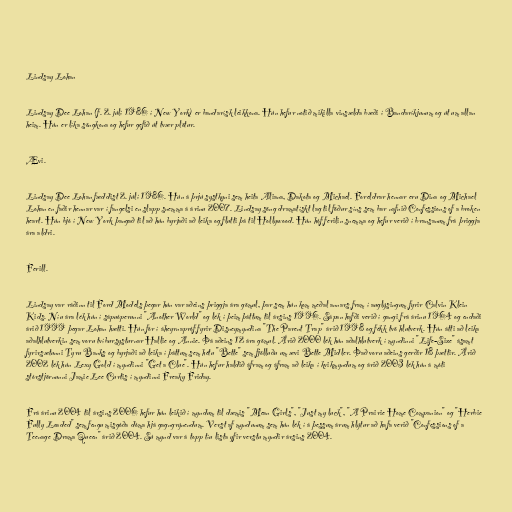
Lindsay Lohan

Lindsay Dee Lohan (f. 2. júlí 1986 í New York) er bandarísk leikkona. Hún hefur notið mikilla vinsælda bæði í Bandaríkjunum og út um allan
heim. Hún er líka söngkona og hefur gefið út tvær plötur.

Ævi.

Lindsay Dee Lohan fæddist 2. júlí 1986. Hún á þrjú systkyni sem heita Aliana, Dakota og Michael. Foreldrar hennar eru Dina og Michael
Lohan en faðir hennar var í fangelsi en slapp snemma á árinu 2007. Lindsay söng dramatískt lag til föður síns sem bar nafnið Confessions of a broken
heart. Hún bjó í New York þangað til að hún byrjaði að leika og flutti þá til Hollywood. Hún hóf ferilin snemma og hefur verið í bransanum frá þriggja
ára aldri.

Ferill.

Lindsay var ráðinn til Ford Models þegar hún var aðeins þriggja ára gömul, þar sem hún kom meðal annars fram í auglýsingum fyrir Calvin Klein
Kids. Níu ára lék hún í sápuóperunni "Another World" og lék í þeim þáttum til ársins 1996. Sápan hafði verið í gangi frá árinu 1964 og endaði
árið 1999 þegar Lohan hætti. Hún fór í áheyrnapróf fyrir Disneymyndina "The Parent Trap" árið 1998 og fékk tvö hlutverk. Hún átti að leika
aðalhlutverkin sem voru tvíbursysturnar Hallie og Annie. Þá aðeins 12 ára gömul. Árið 2000 lék hún aðalhlutverk í myndinni "Life-Size" ásamt
fyrirsætunni Tyru Banks og byrjaði að leika í þáttum sem hétu "Bette" sem fjölluðu um ævi Bette Midler. Það voru aðeins gerðir 18 þættir. Árið
2002 lék hún Lexy Gold í myndinni "Get a Clue". Hún hefur haldið áfram og áfram að leika í kvikmyndum og árið 2003 lék hún á móti
stórstjörnunni Jamie Lee Curtis í myndinni Freaky Friday.

Frá árinu 2004 til ársins 2006 hefur hún leikið í myndum til dæmis "Mean Girls", "Just my luck", "A Prairie Home Companion" og "Herbie
Fully Loaded" sem fengu misgóða dóma hjá gagngrýnendum. Verst af myndunum sem hún lék í á þessum árum hlýtur að hafa verið "Confessions of a
Teenage Drama Queen" árið 2004. Sú mynd var á topp tíu lista yfir verstu myndir ársins 2004.